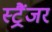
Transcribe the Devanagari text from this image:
स्ट्रैंजर